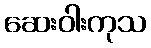
ဆေးဝါးကုသ